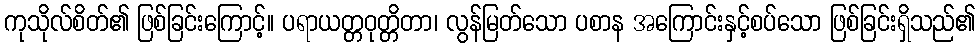
ကုသိုလ်စိတ်၏ ဖြစ်ခြင်းကြောင့်။ ပရာယတ္တဝုတ္တိတာ၊ လွန်မြတ်သော ပစာန အကြောင်းနှင့်စပ်သော ဖြစ်ခြင်းရှိသည်၏